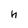
Character: h